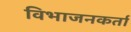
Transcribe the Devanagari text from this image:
विभाजनकर्ता